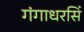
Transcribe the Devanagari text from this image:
गंगाधरसिं